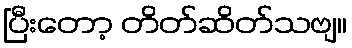
ပြီးတော့ တိတ်ဆိတ်သဗျ။